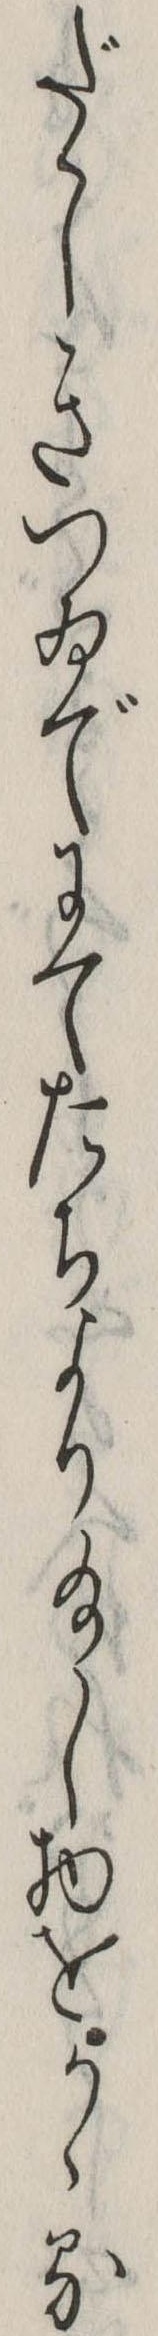
だゝしきつゐでにてたちより給し物をかゝる